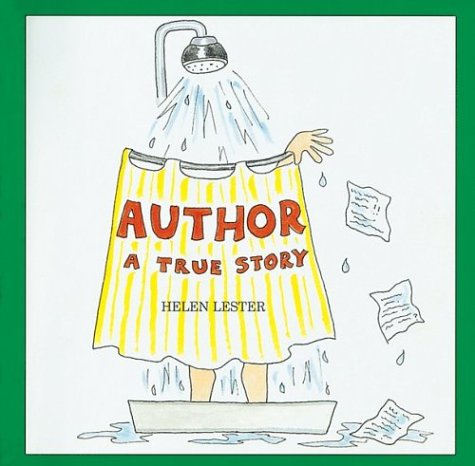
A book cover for Author: A True Story; Helen Lester; Children's Books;